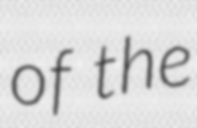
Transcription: of the